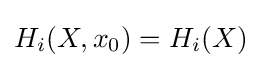
H_{i}(X,x_{0})=H_{i}(X)